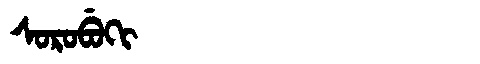
Manchu: ᠰᠣᡵᠣᠪᡠᡴᡳ
Romanization: SOROBUKI